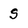
Character: S